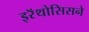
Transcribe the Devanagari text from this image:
इरॅथोसिसने